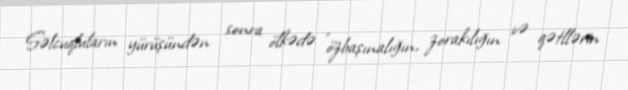
Səlcuqluların yürüşündən sonra ölkədə "özbaşınalığın, zorakılığın və qətllərin